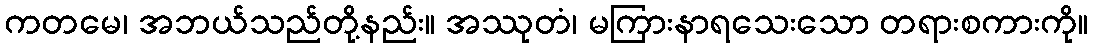
ကတမေ၊ အဘယ်သည်တို့နည်း။ အဿုတံ၊ မကြားနာရသေးသော တရားစကားကို။